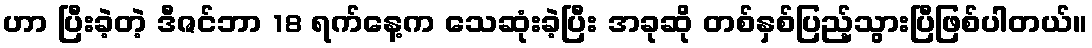
ဟာ ပြီးခဲ့တဲ့ ဒီဇင်ဘာ 18 ရက်နေ့က သေဆုံးခဲ့ပြီး အခုဆို တစ်နှစ်ပြည့်သွားပြီဖြစ်ပါတယ်။